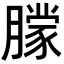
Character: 𬂔